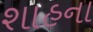
શાહના